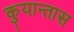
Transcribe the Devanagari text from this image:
कुयान्तास